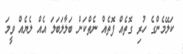
ކަލޭމެންގެ ހުރި ގޮތެއް ފޮތެއް ނެތްކަން ބަލާލަބަލަ އެއް ލެޔެއް ވީމަ